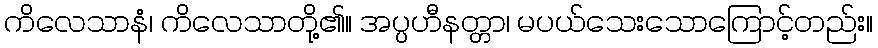
ကိလေသာနံ၊ ကိလေသာတို့၏။ အပ္ပဟီနတ္တာ၊ မပယ်သေးသောကြောင့်တည်း။